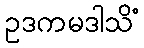
ဥဒကမဒါသိံ